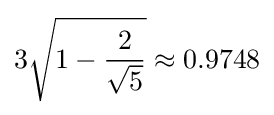
3{\sqrt {1-{\frac {2}{\sqrt {5}}}}}\approx 0.9748